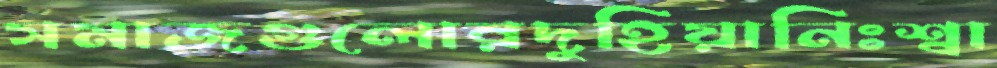
সমাজগুলোরদুহিয়ানিঃশ্বা